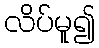
လိပ်မူ၍